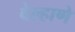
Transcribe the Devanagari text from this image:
वेल्हाणे